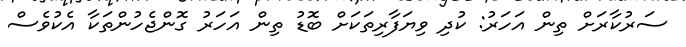
ސަރުކާރަށް ތިން އަހަރު: ކުދި ވިޔަފާރިތަކަށް ބޮޑު ތިން އަހަރު ގޮންޖެހުންތަކާ އެކުވެސް